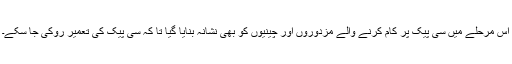
اس مرحلے میں سی پیک پر کام کرنے والے مزدوروں اور چینیوں کو بھی نشانہ بنایا گیا تا کہ سی پیک کی تعمیر روکی جا سکے۔